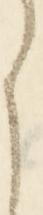
ら